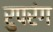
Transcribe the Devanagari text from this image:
रुपरंग